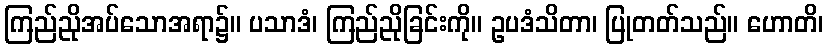
ကြည်ညိုအပ်သောအရာ၌။ ပသာဒံ၊ ကြည်ညိုခြင်းကို။ ဥပဒံသိတာ၊ ပြုတတ်သည်။ ဟောတိ၊